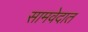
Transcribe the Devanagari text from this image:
सामवेदात